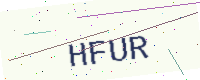
Text: HFUR